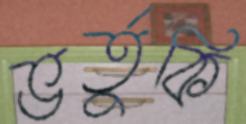
ভর্তুকি